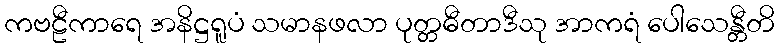
ကဗဠီကာရေ အနိဋ္ဌရူပံ သမာနဖလာ ပုတ္တဓီတာဒီသု အာကရံ ပေါသေန္တီတိ